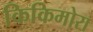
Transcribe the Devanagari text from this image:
किकिमोरा